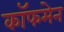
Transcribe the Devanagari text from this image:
कॉफमेन